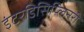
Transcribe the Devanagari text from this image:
इंटरडिसिप्लिनरी